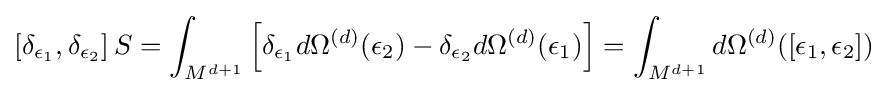
\left[\delta _{\epsilon _{1}},\delta _{\epsilon _{2}}\right]S=\int _{M^{d+1}}\left[\delta _{\epsilon _{1}}d\Omega ^{(d)}(\epsilon _{2})-\delta _{\epsilon _{2}}d\Omega ^{(d)}(\epsilon _{1})\right]=\int _{M^{d+1}}d\Omega ^{(d)}(\left[\epsilon _{1},\epsilon _{2}\right])